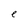
Character: e